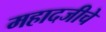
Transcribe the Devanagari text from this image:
महादजीचे